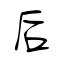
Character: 后